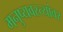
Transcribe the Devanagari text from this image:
मनुष्यवस्त्यांवर